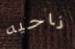
ناحيه